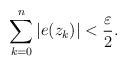
\begin{align*}\sum_{k=0}^n |e(z_k)| < \frac{\varepsilon}{2}.\end{align*}